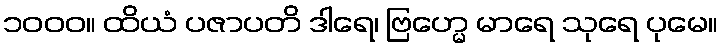
၁၀၀၀။ ထိယံ ပဇာပတိ ဒါရေ၊ ဗြဟ္မေ မာရေ သုရေ ပုမေ။